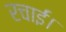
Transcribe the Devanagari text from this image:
रचाईं।